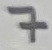
Text: 7